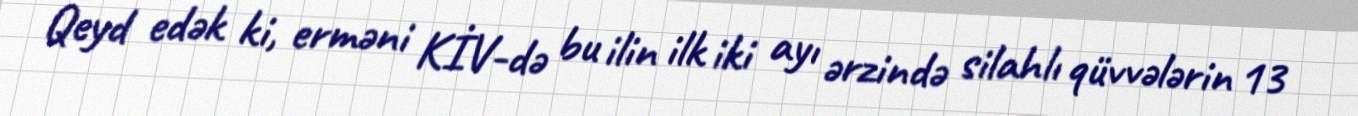
Qeyd edək ki, erməni KİV-də bu ilin ilk iki ayı ərzində silahlı qüvvələrin 13